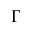
\Gamma